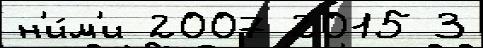
н'и́м'и 2007 2015 3